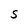
Character: S